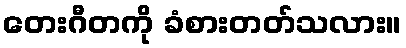
တေးဂီတကို ခံစားတတ်သလား။